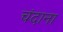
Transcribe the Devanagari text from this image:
चंदाना